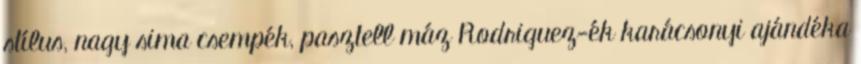
stílus, nagy sima csempék, pasztell máz Rodriguez-ék karácsonyi ajándéka